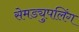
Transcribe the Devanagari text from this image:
सेमड्युपलिंग